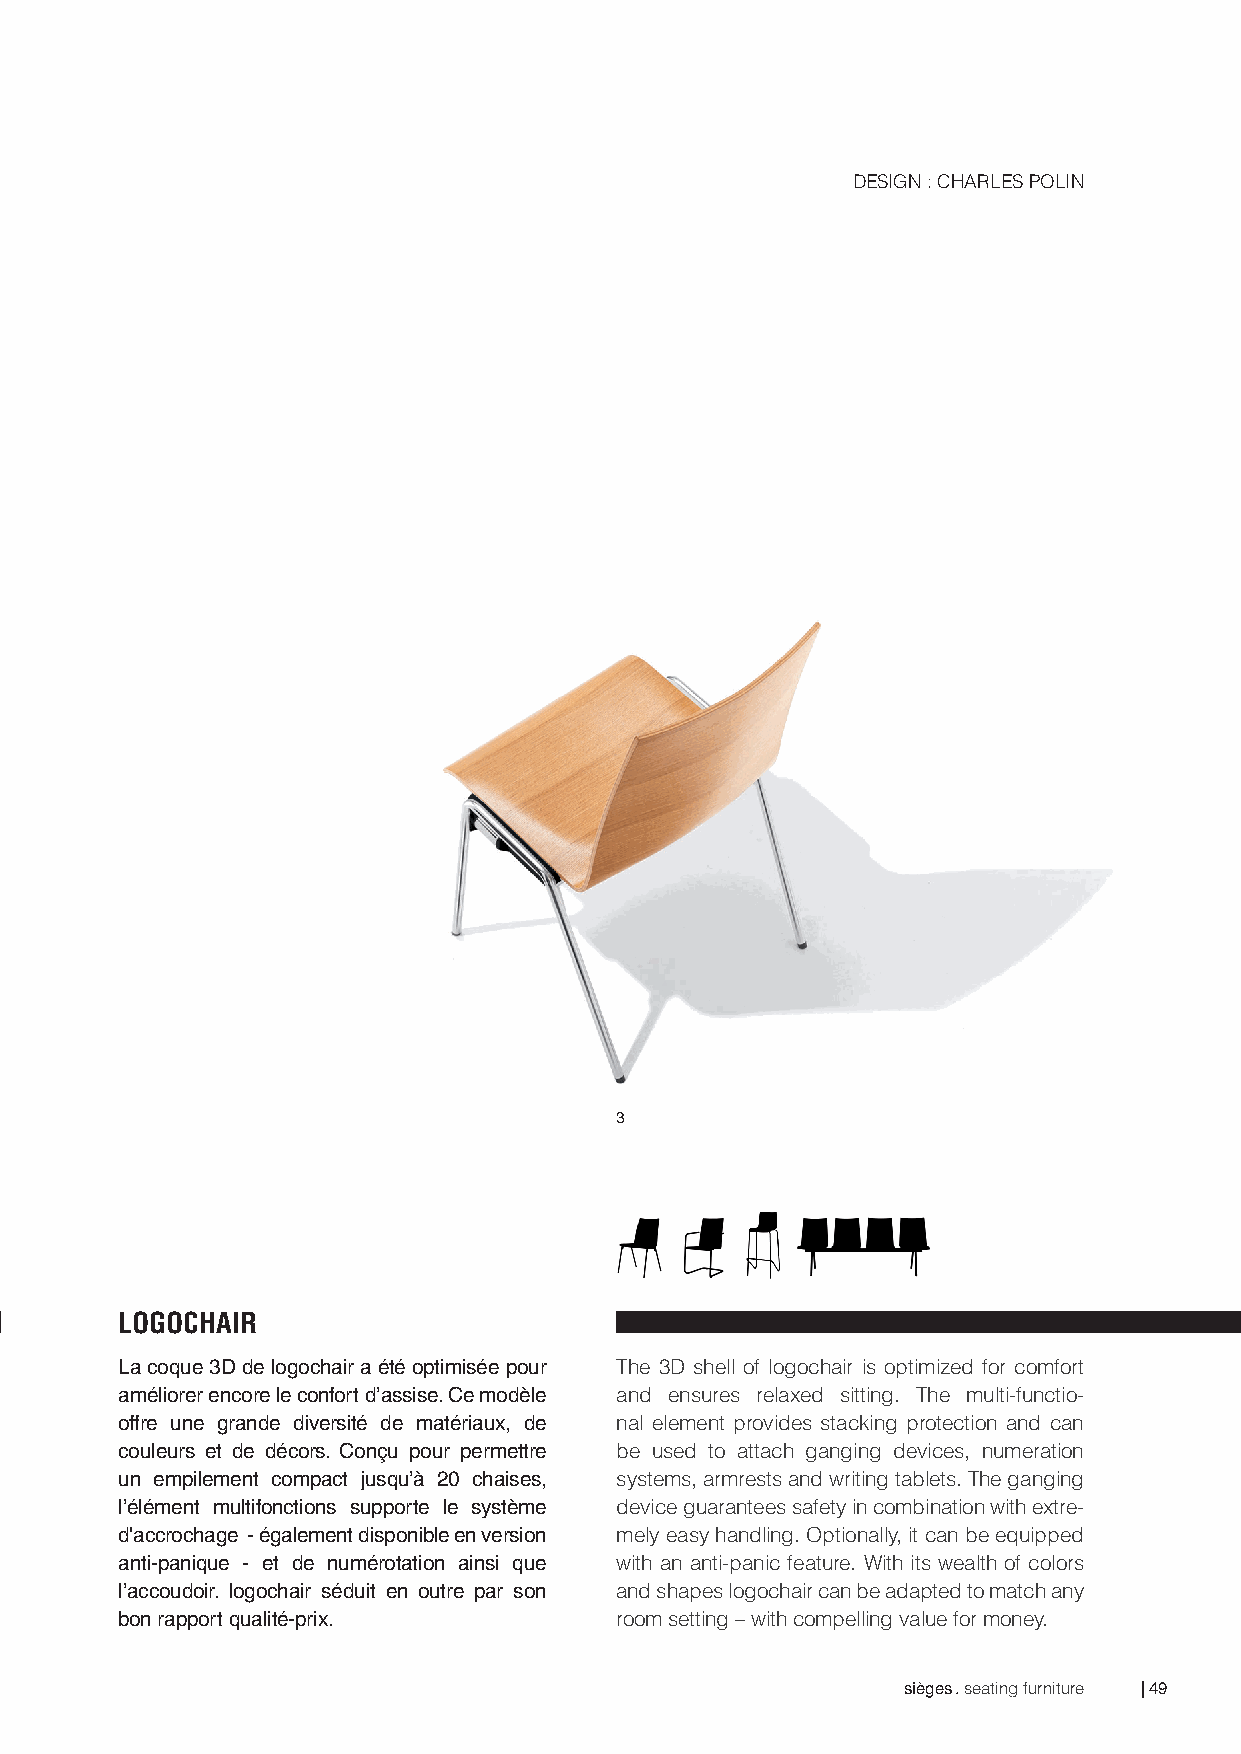
DESIGN : CHARLES POLIN
 3
 LOGOCHAIR
 La coque 3D de logochair a été optimisée pour The 3D shell of logochair is optimized for comfort
 améliorer encore le confort d’assise. Ce modèle and ensures relaxed sitting. The multi-functio-
 offre une grande diversité de matériaux, de nal element provides stacking protection and can
 couleurs et de décors. Conçu pour permettre be used to attach ganging devices, numeration
 un empilement compact jusqu’à 20 chaises, systems, armrests and writing tablets. The ganging
 l’élément multifonctions supporte le système device guarantees safety in combination with extre-
 d'accrochage - également disponible en version mely easy handling. Optionally, it can be equipped
 anti-panique - et de numérotation ainsi que with an anti-panic feature. With its wealth of colors
 l’accoudoir. logochair séduit en outre par son and shapes logochair can be adapted to match any
 bon rapport qualité-prix.        room setting – with compelling value for money.
 sièges . seating furniture | 49